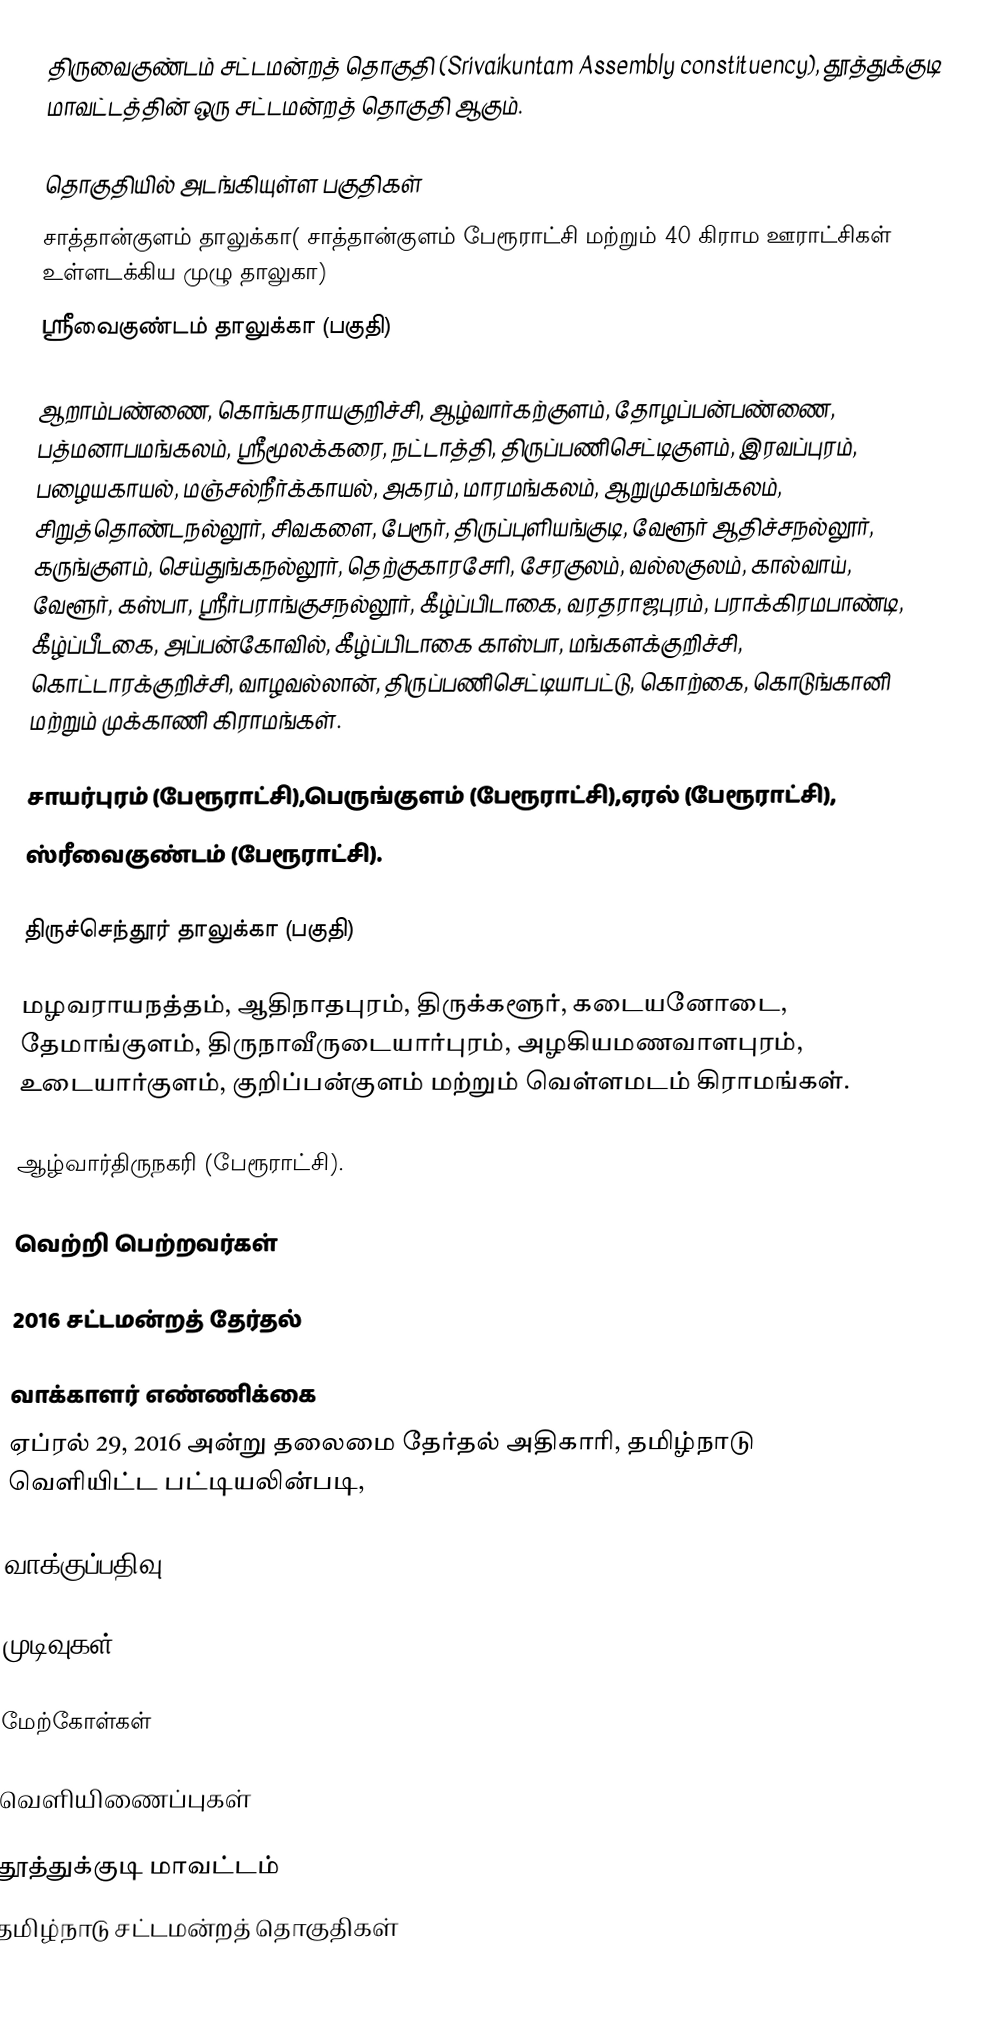
திருவைகுண்டம் சட்டமன்றத் தொகுதி (Srivaikuntam Assembly constituency), தூத்துக்குடி மாவட்டத்தின் ஒரு சட்டமன்றத் தொகுதி ஆகும்.

தொகுதியில் அடங்கியுள்ள பகுதிகள்
 சாத்தான்குளம் தாலுக்கா( சாத்தான்குளம் பேரூராட்சி மற்றும் 40 கிராம ஊராட்சிகள் உள்ளடக்கிய முழு தாலுகா)
 ஸ்ரீவைகுண்டம் தாலுக்கா (பகுதி)

ஆறாம்பண்ணை, கொங்கராயகுறிச்சி, ஆழ்வார்கற்குளம், தோழப்பன்பண்ணை, பத்மனாபமங்கலம், ஸ்ரீமூலக்கரை, நட்டாத்தி, திருப்பணிசெட்டிகுளம், இரவப்புரம், பழையகாயல், மஞ்சல்நீர்க்காயல், அகரம், மாரமங்கலம், ஆறுமுகமங்கலம், சிறுத்தொண்டநல்லூர், சிவகளை, பேரூர், திருப்புளியங்குடி, வேளூர் ஆதிச்சநல்லூர், கருங்குளம், செய்துங்கநல்லூர், தெற்குகாரசேரி, சேரகுலம், வல்லகுலம், கால்வாய், வேளூர், கஸ்பா, ஸ்ரீர்பராங்குசநல்லூர், கீழ்ப்பிடாகை, வரதராஜபுரம், பராக்கிரமபாண்டி, கீழ்ப்பீடகை, அப்பன்கோவில், கீழ்ப்பிடாகை காஸ்பா, மங்களக்குறிச்சி, கொட்டாரக்குறிச்சி, வாழவல்லான், திருப்பணிசெட்டியாபட்டு, கொற்கை, கொடுங்கானி மற்றும் முக்காணி கிராமங்கள்.

சாயர்புரம் (பேரூராட்சி),பெருங்குளம் (பேரூராட்சி),ஏரல் (பேரூராட்சி),
ஸ்ரீவைகுண்டம் (பேரூராட்சி).

திருச்செந்தூர் தாலுக்கா (பகுதி)

மழவராயநத்தம், ஆதிநாதபுரம், திருக்களூர், கடையனோடை, தேமாங்குளம், திருநாவீருடையார்புரம், அழகியமணவாளபுரம், உடையார்குளம், குறிப்பன்குளம் மற்றும் வெள்ளமடம் கிராமங்கள்.

ஆழ்வார்திருநகரி (பேரூராட்சி).

வெற்றி பெற்றவர்கள்

2016 சட்டமன்றத் தேர்தல்

வாக்காளர் எண்ணிக்கை
ஏப்ரல் 29, 2016 அன்று தலைமை தேர்தல் அதிகாரி, தமிழ்நாடு வெளியிட்ட பட்டியலின்படி,

வாக்குப்பதிவு

முடிவுகள்

மேற்கோள்கள்

வெளியிணைப்புகள்

தூத்துக்குடி மாவட்டம்
தமிழ்நாடு சட்டமன்றத் தொகுதிகள்